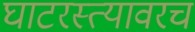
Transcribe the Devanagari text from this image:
घाटरस्त्यावरच